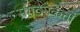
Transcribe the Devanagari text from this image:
संगठनकर्त्ता